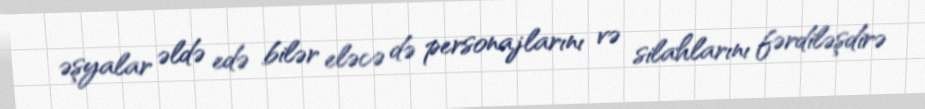
əşyalar əldə edə bilər eləcə də personajlarını və silahlarını fərdiləşdirə